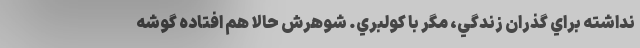
نداشته براي گذران زندگي، مگر با كولبري. شوهرش حالا هم افتاده گوشه